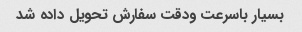
بسیار باسرعت ودقت سفارش تحویل داده شد